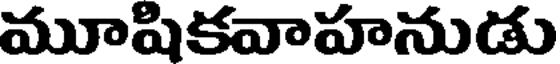
మూషికవాహనుడు